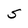
Character: s